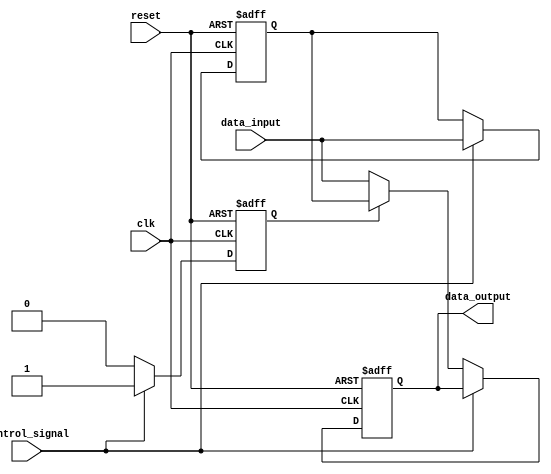
module hold_condition (
    input wire clk,               // Clock signal
    input wire reset,             // Reset signal
    input wire control_signal,     // Control signal to enable hold
    input wire data_input,         // Primary data input
    output reg data_output         // Held output data
);

    // State variable
    reg hold_state;
    reg data_held;

    // Behavioral modeling with edge sensitivity
    always @(posedge clk or posedge reset) begin
        if (reset) begin
            // Reset output and state
            data_output <= 0;
            hold_state <= 0;
            data_held <= 0;
        end else begin
            // Detect the rising edge of the control signal
            if (control_signal) begin
                // Capture the current value of data_input
                data_held <= data_input;
                hold_state <= 1; // Set hold state
            end else if (hold_state) begin
                // When control signal is deactivated, maintain the held value
                data_output <= data_held;
                hold_state <= 0; // Reset hold state
            end else begin
                // When not in hold state, follow data_input
                data_output <= data_input;
                hold_state <= 0; // Ensure hold state is off
            end
        end
    end

endmodule